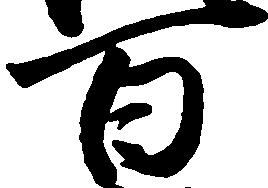
百